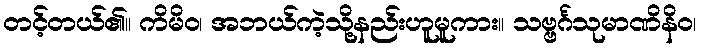
တင့်တယ်၏။ ကိမိဝ၊ အဘယ်ကဲ့သို့နည်းဟူမူကား။ သဗ္ဗင်္ဂသုမာဏိနိဝ၊